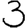
Digit: 3